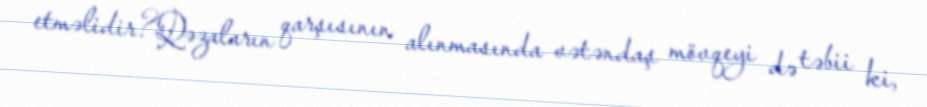
etməlidir?Qəzaların qarşısının alınmasında vətəndaş mövqeyi də təbii ki,